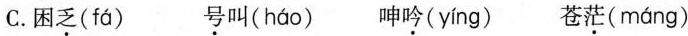
C. 困乏( fá ) 号叫( háo ) 呻吟( yíng ) 苍茫( máng )